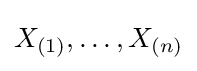
X_{(1)},\ldots ,X_{(n)}